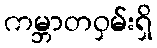
ကမ္ဘာတဝှမ်းရှိ